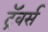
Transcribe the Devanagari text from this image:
ट्रॅवर्स